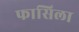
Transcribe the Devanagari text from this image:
फासिला